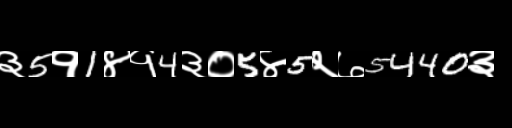
Text: ३5१1४१4३०5४5२७5440३